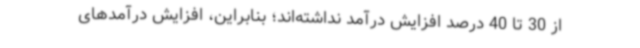
از 30 تا 40 درصد افزایش درآمد نداشته‌اند؛ بنابراین، افزایش درآمدهای